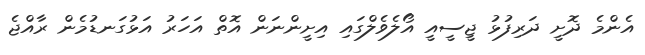
އެންމެ ދޮށީ ދަރިފުޅު ޖީސީއީ އޯލެވެލްގައި އިށީންނަން އޮތް އަހަރު އަޅުގަނޑުމެން ރާއްޖެ